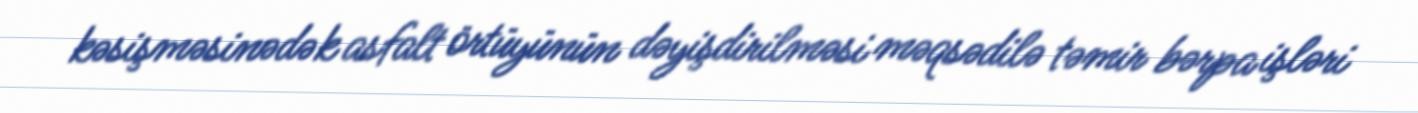
kəsişməsinədək asfalt örtüyünün dəyişdirilməsi məqsədilə təmir bərpa işləri